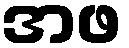
အဖ